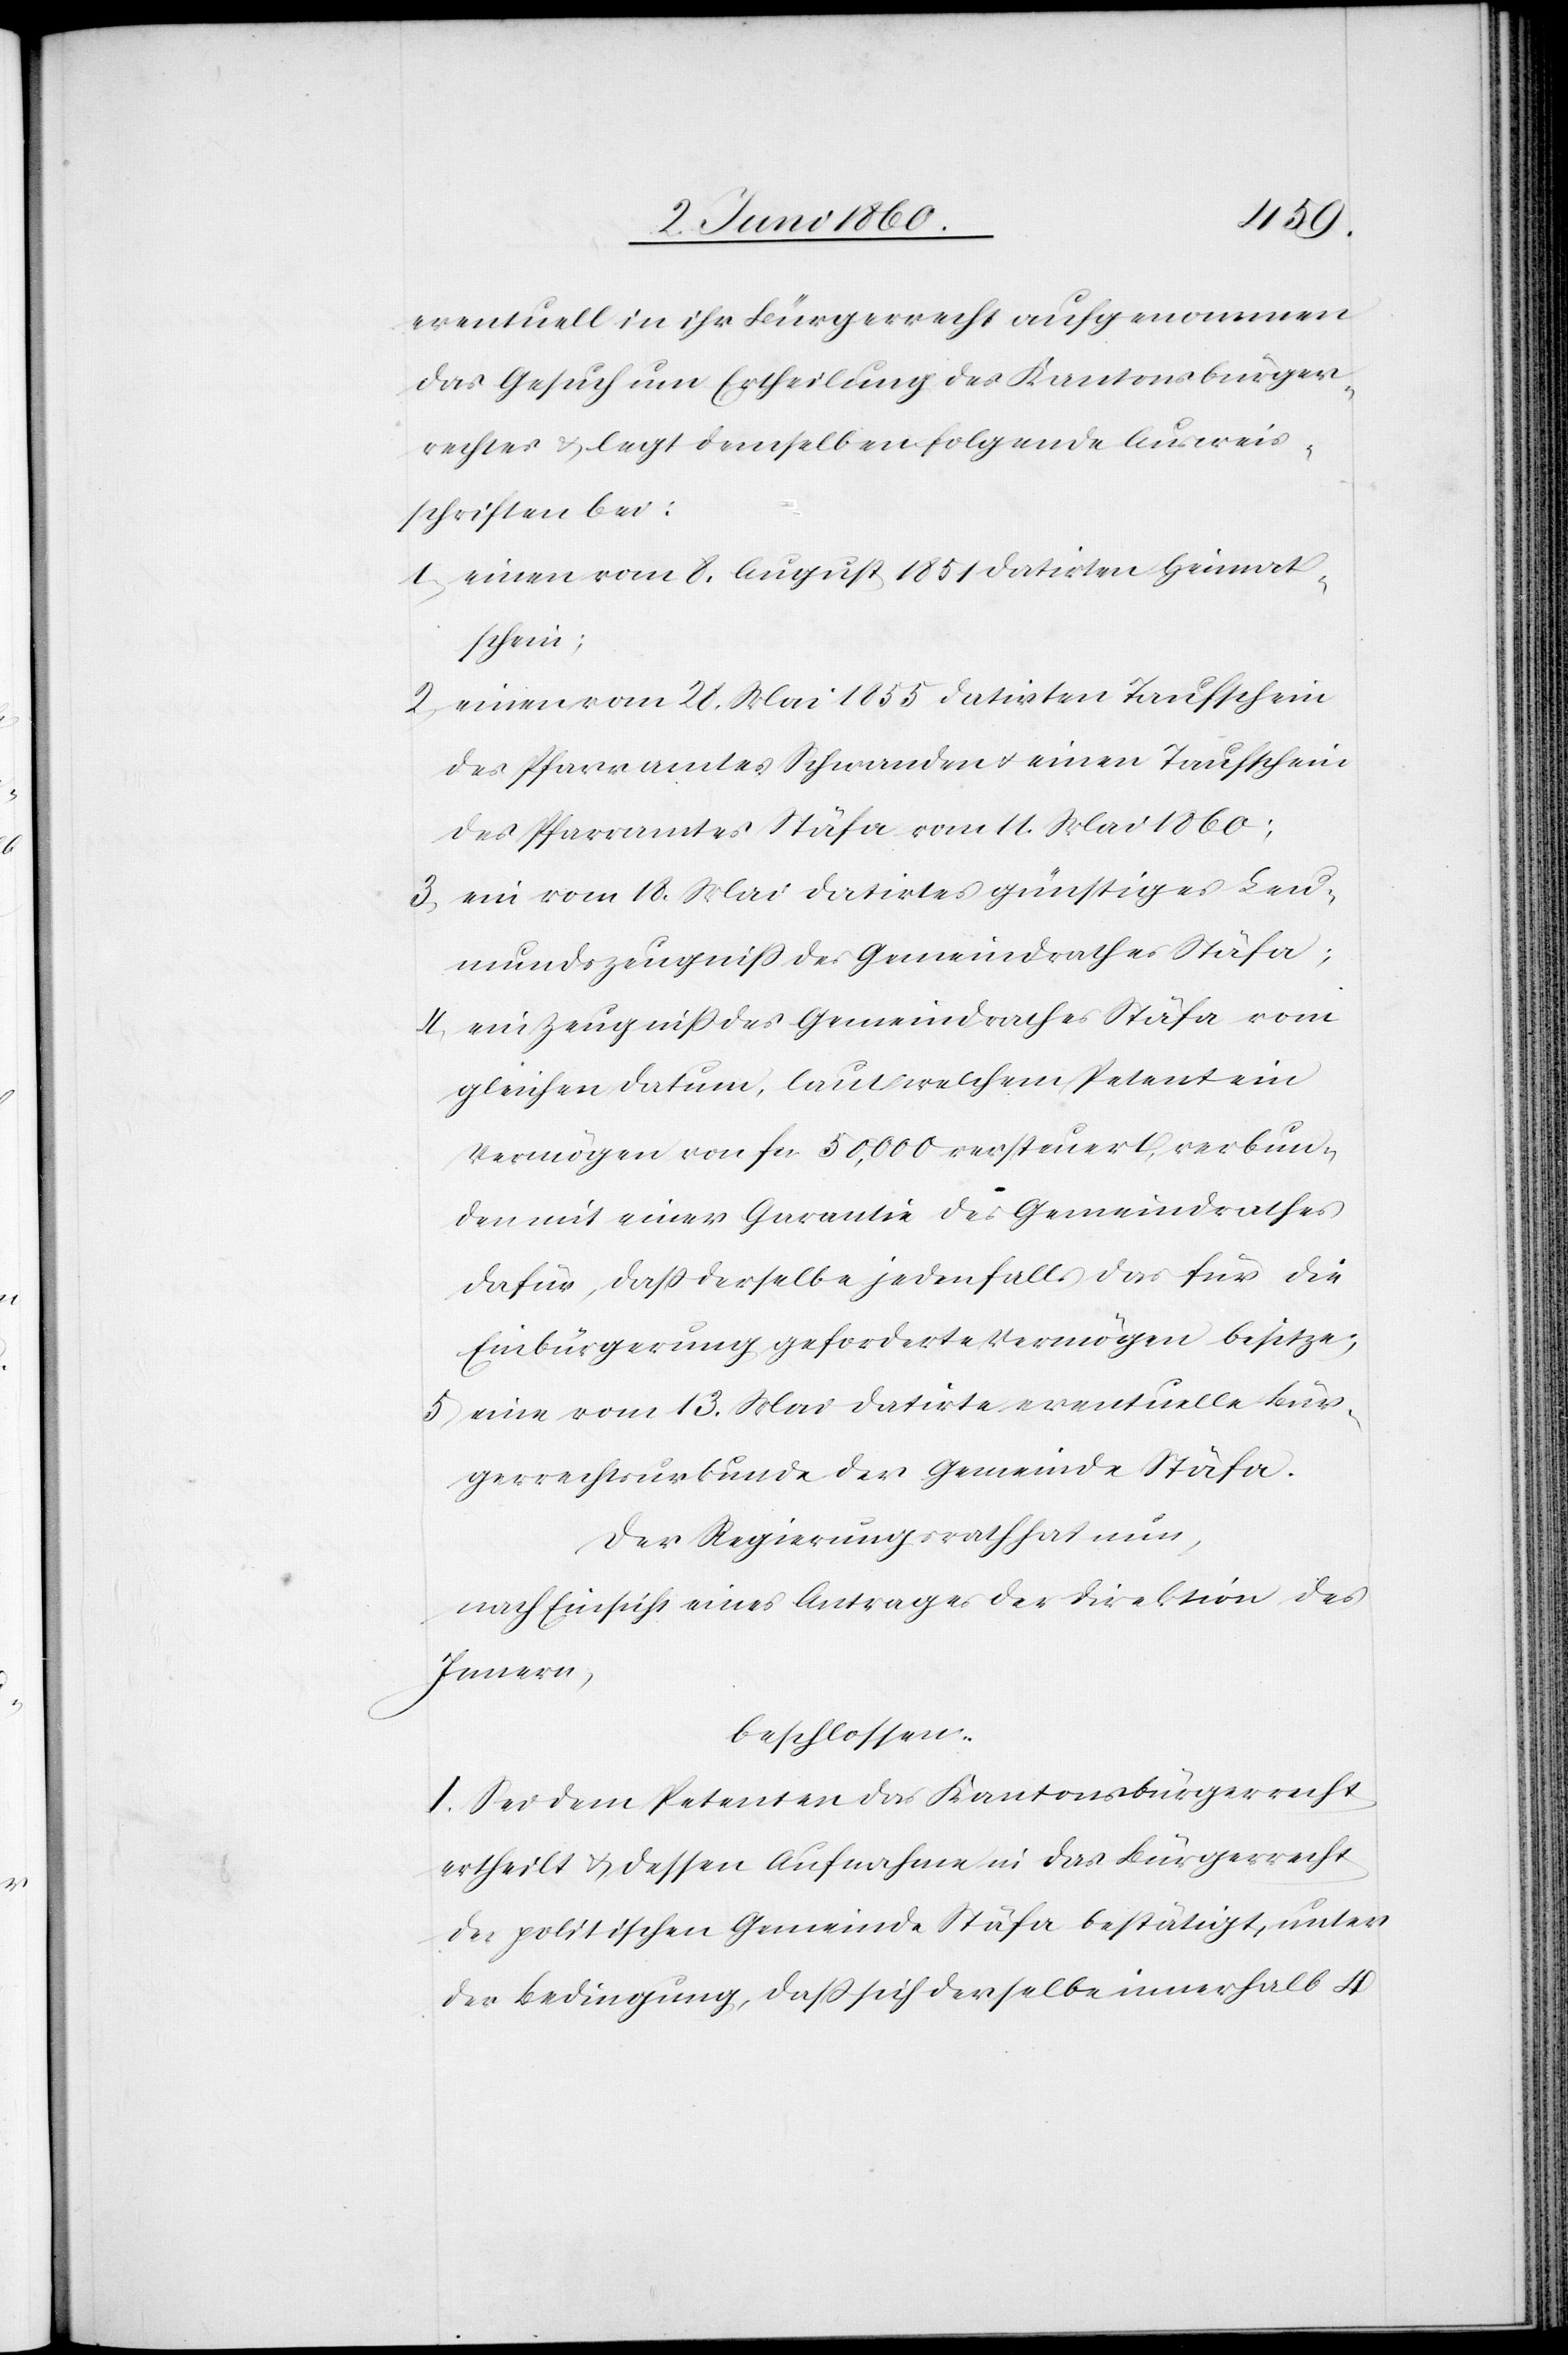
eventuell in ihr Bürgerrecht aufgenommen
das Gesuch um Ertheilung des Kantonsbürger¬
rechtes u. legt demselben folgende Ausweis¬
schriften bei:
1) einen vom 8. August 1851 datirten Heimat¬
schein;
2) einen vom 28. Mai 1855 datirten Taufschein
des Pfarramtes Schwanden u. einen Taufschein
des Pfarramtes Stäfa vom 11. Mai 1860;
3) ein vom 18. Mai datirtes günstiges Leu¬
mundszeugniss des Gemeindrathes Stäfa;
4) ein Zeugniss des Gemeindrathes Stäfa vom
gleichen Datum, laut welchem Petent ein
Vermögen von fcs. 50,000 versteuert, verbun¬
den mit einer Garantie des Gemeindrathes
dafür, dass derselbe jedenfalls das für die
Einbürgerung geforderte Vermögen besitze;
5) eine vom 13. Mai datirte eventuelle Bür¬
gerrechtsurkunde der Gemeinde Stäfa.
Der Regierungsrath hat nun,
nach Einsicht eines Antrages der Direktion des
Innern,
beschlossen:
I. Sei dem Petenten das Kantonsbürgerrecht
ertheilt u. dessen Aufnahme in das Bürgerrecht
der politischen Gemeinde Stäfa bestätigt, unter
der Bedingung, dass sich derselbe innerhalb 4